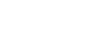
ဖိုးလပြည့်